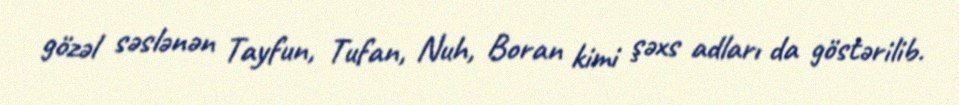
gözəl səslənən Tayfun, Tufan, Nuh, Boran kimi şəxs adları da göstərilib.